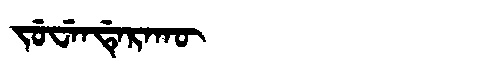
Manchu: ᠵᡠᠸᡝᠨᡩᡝᡵᠠᡴᡡ
Romanization: JUWENDERAKŪ